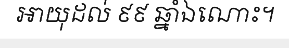
អាយុដល់ ៩៩ ឆ្នាំឯណោះ។